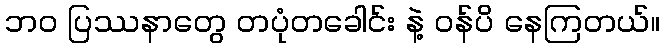
ဘဝ ပြဿနာတွေ တပုံတခေါင်း နဲ့ ဝန်ပိ နေကြတယ်။